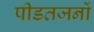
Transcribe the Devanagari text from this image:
पीडतजनों